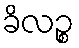
ခိလဉ္စ